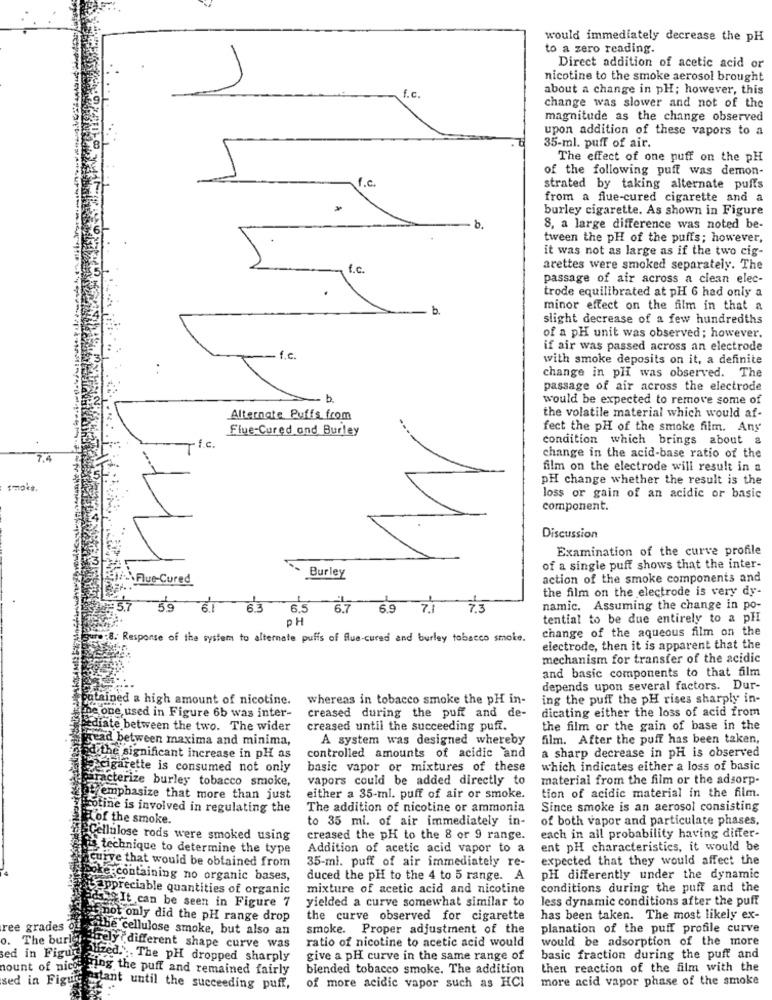
would immediately decrease the pH
to a zero reading.
Direct addition of acetic acid or
nicotine to the smoke aerosol brought
about a change in pH; however, this
f.c.
change was slower and not of the
magnitude as the change observed
upon addition of these vapors to a
35-ml. puff of air.
The effect of one puff on the pH
of the following puff was demon-
f.c
strated by taking alternate puffs
from a flue-cured cigarette and a
burley cigarette. As shown in Figure
8, a large difference was noted be-
tween the pH of the puffs; however,
it was not as large as if the two cig-
f.c.
arettes were smoked separately. The
passage of air across a clean elec-
.
trode equilibrated at pH 6 had only a
minor effect on the film in that a
slight decrease of a few hundredths
of a pH unit was observed; however.
if air was passed across an electrode
with smoke deposits on it, a definite
change in pH was observed. The
passage of air across the electrode
- b
would be expected to remove some of
Alternate Puffs from
the volatile material which would af-
Flue-Cured and Burley
fect the pH of the smoke film. Any
condition which brings about a
f.c.
7.4
change in the acid-base ratio of the
film on the electrode will result in a
PH change whether the result is the
smakt.
loss or gain of an acidic or basic
component.
Discussion
Examination of the curve profile
of a single puff shows that the inter-
Flue-Cured
Burley
action of the smoke components and
the film on the electrode is very dy-
-35
6.1
6.5
67
6.9
7.1
namic. Assuming the change in po-
PH
tential to be due entirely to a pHI
change of the aqueous film on the
8. Response of the system to alternate puffs of flue-cured and burley tobacco smoke.
electrode, then it is apparent that the
mechanism for transfer of the acidic
and basic components to that film
depends upon several factors. Dur-
atained a high amount of nicotine.
whereas in tobacco smoke the pH in-
ing the puff the pH rises sharply in-
creased during the puff and de-
dicating either the loss of acid from
the one used in Figure 6b was inter-
diate between the two. The wider
creased until the succeeding puff.
the film or the gain of base in the
bread between maxima and minima,
A system was designed whereby
film. After the puff has been taken,
a sharp decrease in pH is observed
fad the significant increase in pH as
controlled amounts of acidic and
cigarette is consumed not only
basic vapor or mixtures of these
which indicates either a loss of basic
caracterize burley tobacco smoke,
vapors could be added directly to
material from the film or the adsorp-
emphasize that more than just
either a 35-ml. puff of air or smoke.
tion of acidic material in the film.
Profine is involved in regulating the
The addition of nicotine or ammonia
Since smoke is an aerosol consisting
Hof the smoke.
to 35 ml. of air immediately in-
of both vapor and particulate phases.
Cellulose rods were smoked using
creased the pH to the 8 or 9 range.
each in all probability having differ-
technique to determine the type
Addition of acetic acid vapor to a
ent pH characteristics, it would be
35-mi. puff of air immediately re-
expected that they would affect the
curve that would be obtained from
Poke containing no organic bases,
duced the pH to the 4 to 5 range. A
pH differently under the dynamic
Cappreciable quantities of organic
mixture of acetic acid and nicotine
conditions during the puff and the
yielded a curve somewhat similar to
less dynamic conditions after the puff
Pchelt can be seen in Figure 7
not only did the pH range drop
the curve observed for cigarette
has been taken. The most likely ex-
ree grades of
i wilbe cellulose smoke, but also an
smoke. Proper adjustment of the
planation of the puff profile curve
. The burle
ratio of nicotine to acetic acid would
would be adsorption of the more
amely different shape curve was
sed in Figur
alized. .. The pH dropped sharply
give a pH curve in the same range of
basic fraction during the puff and
nount of nicora
bring the puff and remained fairly
blended tobacco smoke. The addition
then reaction of the film with the
sed in Figug.
more acid vapor phase of the smoke
astant until the succeeding puff,
of more acidic vapor such as HCI